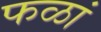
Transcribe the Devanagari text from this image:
फळां